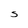
Character: S